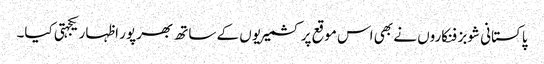
پاکستانی شوبز فنکاروں نے بھی اس موقع پر کشمیریوں کے ساتھ بھرپور اظہار یکجہتی کیا۔